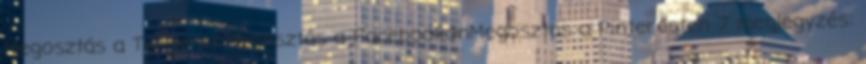
Megosztás a TwitterenMegosztás a FacebookonMegosztás a Pinteresten 7 megjegyzés: